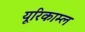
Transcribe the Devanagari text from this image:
यूरिकाम्ल